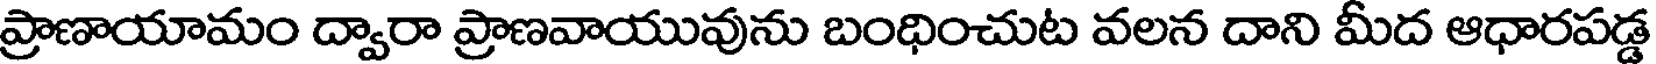
ప్రాణాయామం ద్వారా ప్రాణవాయువును బంధించుట వలన దాని మీద ఆధారపడ్డ